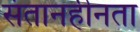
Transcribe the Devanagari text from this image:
संतानहीनता